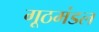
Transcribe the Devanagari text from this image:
गूठमंडल